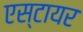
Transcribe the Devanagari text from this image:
एस्टायर